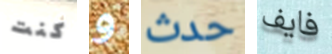
كنت و حدث فايف